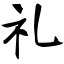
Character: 礼